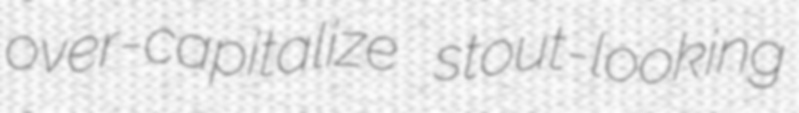
over-capitalize stout-looking